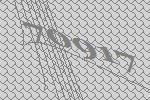
70917